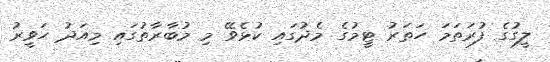
ލީގުގެ ފުރަތަމަ ހަތަރު ޓީމުގެ މެދުގައި ކުޅެވޭ މި މުބާރާތުގައި މިއަދު ހަވީރު